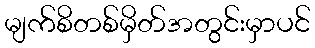
မျက်စိတစ်မှိတ်အတွင်းမှာပင်